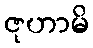
ဇုဟာမိ